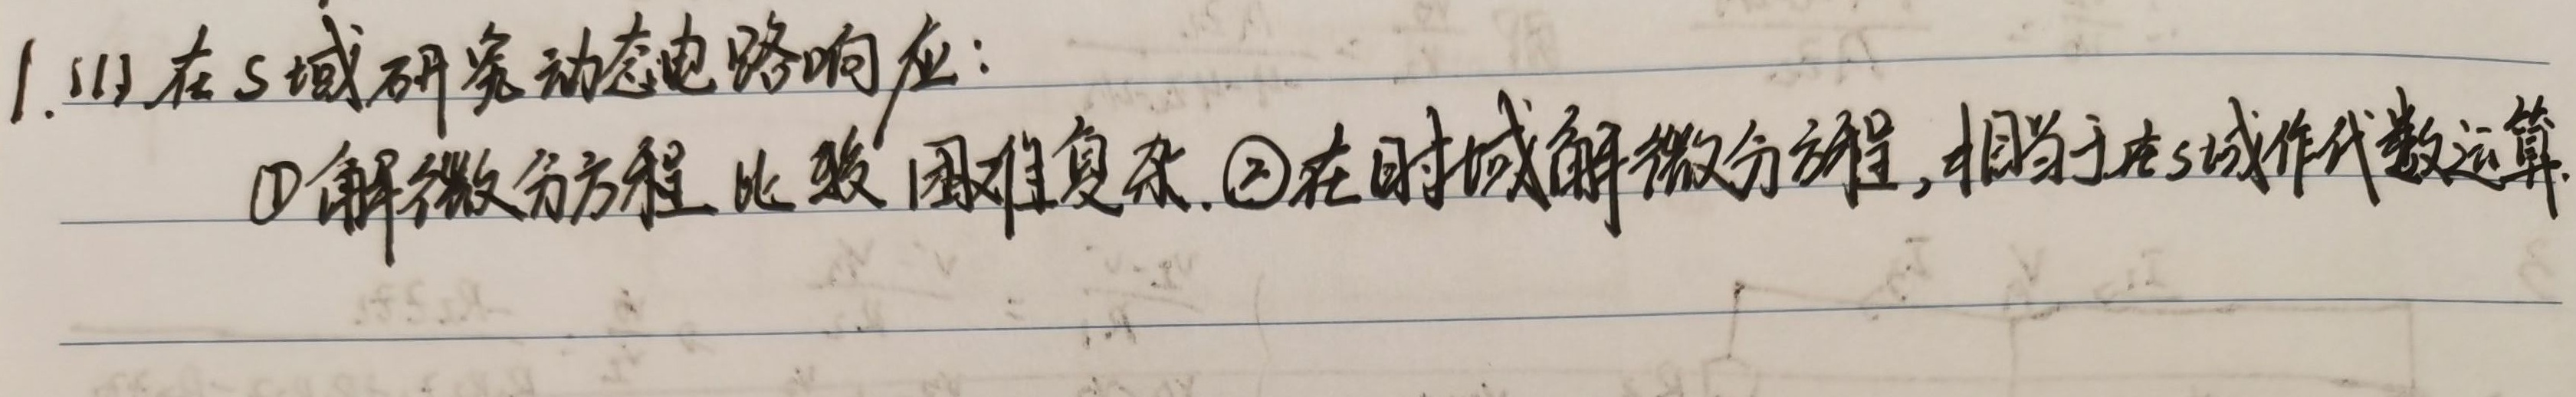
1. (1) 在 \(s\) 域研究动态电路响应：
    - \textcircled{1} 解微分方程比较困难复杂.
    - \textcircled{2} 在时域解微分方程，相当于在 \(s\) 域作代数运算.